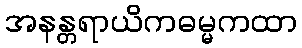
အနန္တရာယိကဓမ္မကထာ